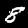
Label: 8